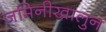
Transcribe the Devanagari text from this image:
जमिनीखालुन